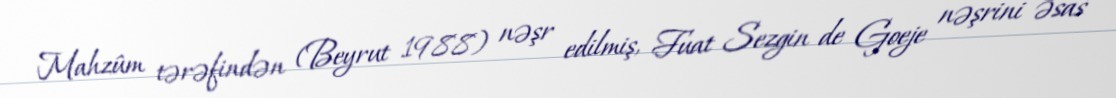
Mahzûm tərəfindən (Beyrut 1988) nəşr edilmiş, Fuat Sezgin de Goeje nəşrini əsas